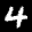
Label: 4